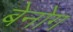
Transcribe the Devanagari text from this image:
बेनोग